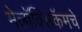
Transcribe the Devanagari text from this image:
मेलॉक्सिकॅमचे